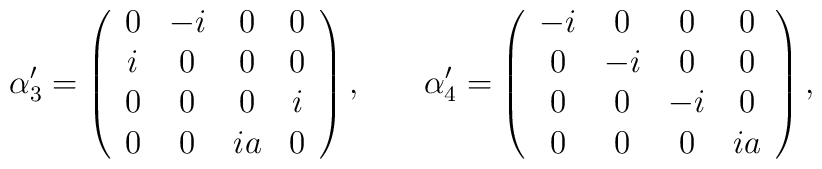
\alpha _3^{\prime }=\left(\begin{array}{cccc}0 & -i & 0 & 0 \\i & 0 & 0 & 0 \\0 & 0 & 0 & i \\0 & 0 & ia & 0\end{array}\right) ,\hspace{0.3in} \alpha _4^{\prime }=\left(\begin{array}{cccc}-i & 0 & 0 & 0 \\0 & -i & 0 & 0 \\0 & 0 & -i & 0 \\0 & 0 & 0 & ia\end{array}\right) ,